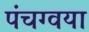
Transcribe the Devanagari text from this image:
पंचग्वया